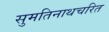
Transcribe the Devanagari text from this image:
सुमतिनाथचरित